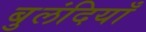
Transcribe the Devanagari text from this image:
बुलंदियाँ